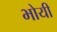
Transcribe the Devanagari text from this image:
भोयी